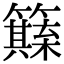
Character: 𥶺